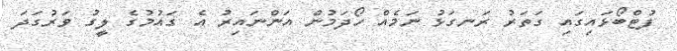
ފުޓްބޯޅައިގައި ގަތަރު ރަނގަޅު ނަމެއް ހޯދަމުން އަންނައިރު އެ ގައުމުގެ ލީގު ވަރުގަދަ